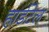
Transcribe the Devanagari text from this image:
हार्डटेल